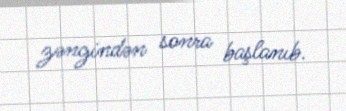
zəngindən sonra başlanıb.